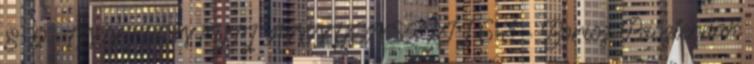
8 2- INNOKENTYIJ ANNYENSZKIJ 6 3 - Borisz Paszternak